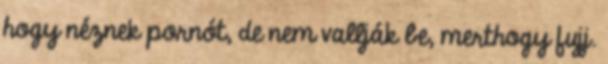
hogy néznek pornót, de nem vallják be, merthogy fujj.